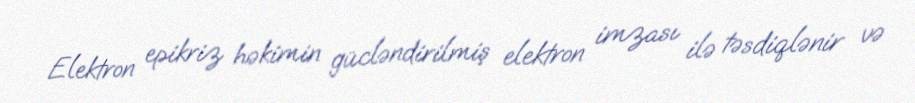
Elektron epikriz həkimin gücləndirilmiş elektron imzası ilə təsdiqlənir və